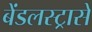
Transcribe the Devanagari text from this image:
बेंडलस्ट्रासे